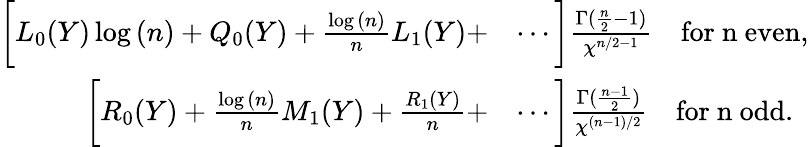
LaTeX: \begin{array}{rl}{\bigg[L_{0}(Y)\log{(n)}+Q_{0}(Y)+\frac{\log{(n)}}{n}L_{1}(Y)+}&{\cdots\bigg]\frac{\Gamma(\frac{n}{2}-1)}{\chi^{n/2-1}}\quad\mathrm{for~n~even},}\\ {\bigg[R_{0}(Y)+\frac{\log{(n)}}{n}M_{1}(Y)+\frac{R_{1}(Y)}{n}+}&{\cdots\bigg]\frac{\Gamma(\frac{n-1}{2})}{\chi^{(n-1)/2}}\quad\mathrm{for~n~odd}.}\end{array}